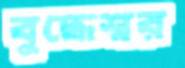
বুদ্ধেশ্বর